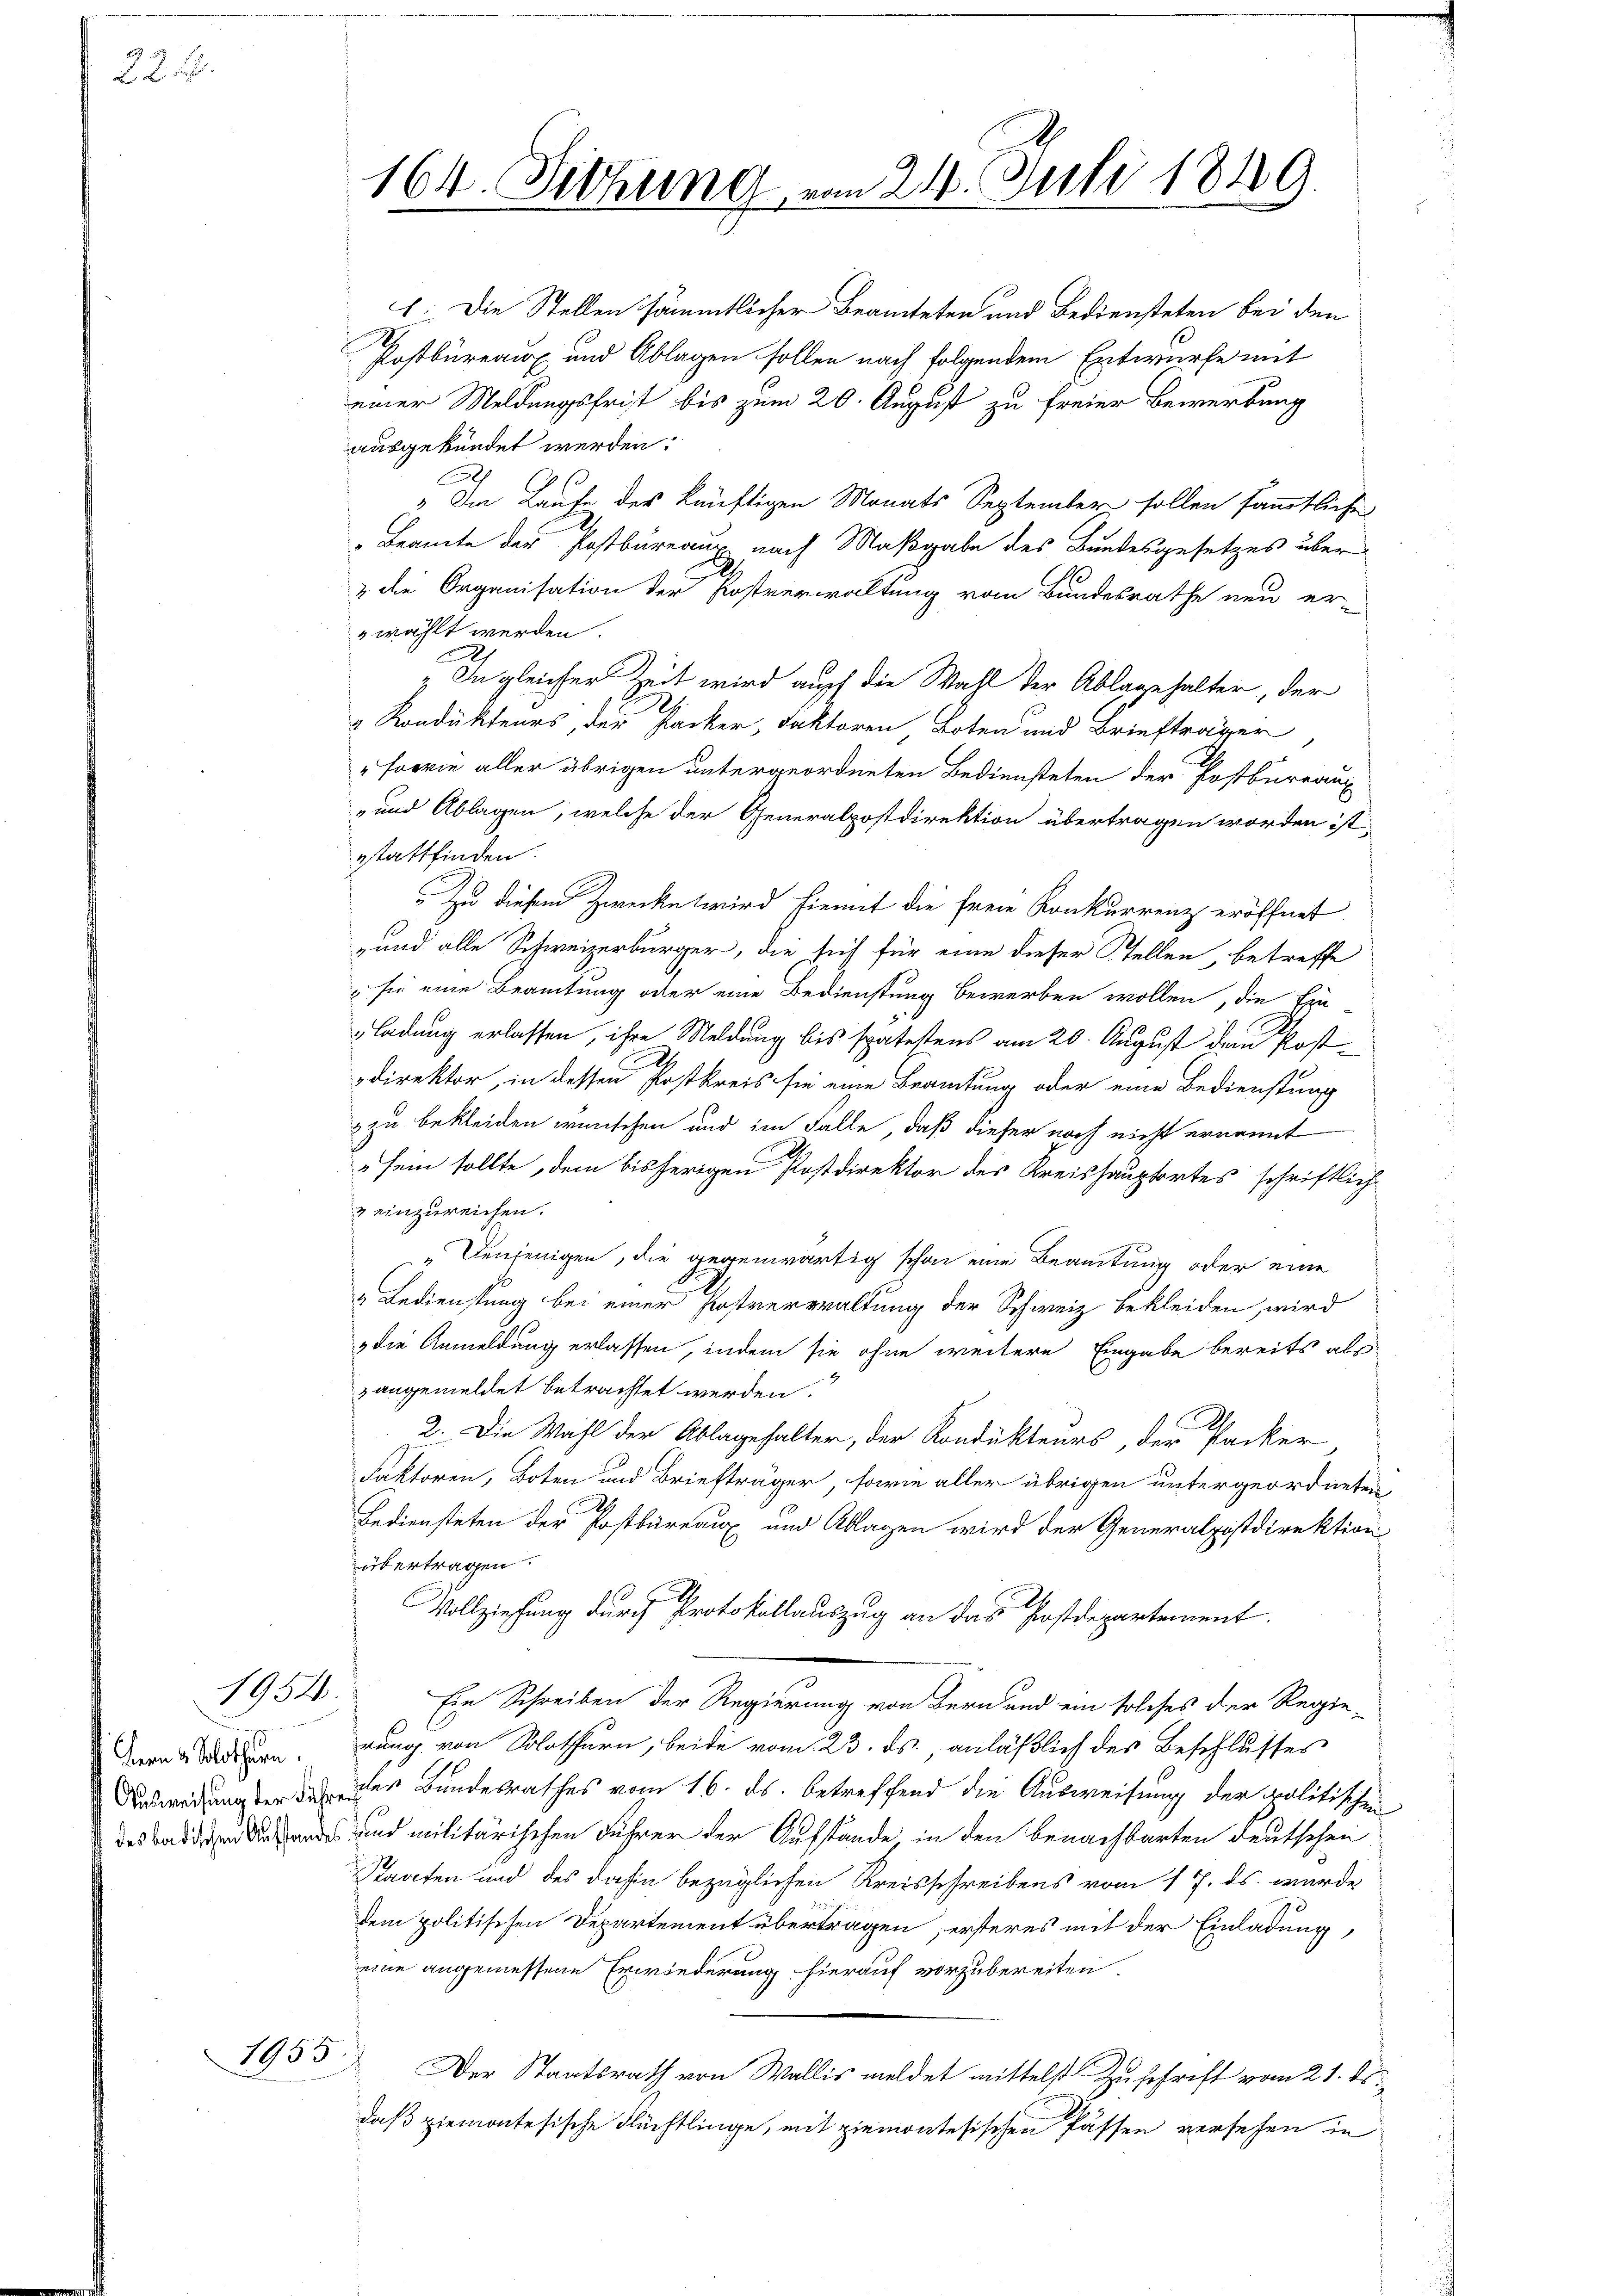
22 f.

1954.

Hern v. Solothurn.
Ausweisung der Führe
1 des badischen Aufstandes

1955.

164. Sitzung vom 21. Juli 1849.

1. Die Stellen sämmtlicher Beamteten und Bediensteten bei den
Postbureaux und Ablagen sollen nach folgendem Entwurfe mit
einer Meldungsfrist bis zum 20. August zu freier Bewerbung
ausgekündet werden.
Im Laufe des künftigen Monats September sollen sämmtliche
" Beamte der Postbureaux nach Maßgabe des Bundesgesetzes über
& die Organisation der Postverwaltung vom Bundesrathe neu er-
wählt werden.
„In gleicher Zeit wird auch die Wahl der Ablagehalter, der
& Kondukteurs der Hacker, Faktoren Boten und Briefträger
"Foerie aller übrigen untergeordneten Bediensteten der Postbureaux
-und Ablagen, welche der Generalpostdirektion übertragen worden ist,
estattfinden.
Zu diesem Zwecke wird hiemit die freie Konkurrenz eröffnet
und alle Schweizerbürger, die sich für eine dieser Stellen betreffe
 sie eine Beamtung oder eine Bedienstung bewerben wollen, die Ein
ladung erlassen, ihre Meldung bis spätestens am 20. August den Postdirektor, in dessen Postkreis sie eine Beamtung oder eine Bedienstung
 zu bekleiden wünschen und im Falle, daß dieser noch nicht ernannt
„sein sollte, dem bisherigen Postdirektor des Kreishauptortes schriftlich
& einzureichen.
" Denjenigen, die gegenwärtig schon eine Beamtung oder eine
& Bedienstung bei einer Postverwaltung der Schweiz bekleiden, wird
die Anmeldung erlassen, indem sie ohne weitere Eingabe bereits als
zangemeldet betrachtet werden.
2.
2. Die Wahl der Ablagehalter, der Kondukteurs, der Packer
Faktoren, Boten und Briefträger, sowie aller übrigen untergeordneten
Bediensteten der Postbureaux und Ablagen wird der Generalpostdirektion
übertragen.
Vollziehung durch Protokollauszug an das Postdepartement
Ein Schreiben der Regierung von Bern und ein solches der Regie-
rung von Solothurn, beide vom 23. ds., anläßlich des Beschlusses
des Bundesrathes vom 16. ds. betreffend die Ausweisung der politischen
und militärischen Führer der Ausstände, in den Benachbarten deutschen
Staaten und des dahin bezüglichen Kreisschreibens vom 17. ds. wurde
dem politischen Departement übertragen, ersteres mit der Einladung,
eine angemessene Erwiederung hierauf vorzubereiten.
Der Staatsrath von Wallis meldet mittelst Zuschrift vom 21. ds.
daß ziemontesische Flüchtlinge, mit ziemontesischen Passen versehen in